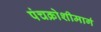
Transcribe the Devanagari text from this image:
पंचक्रोशीमार्ग